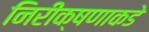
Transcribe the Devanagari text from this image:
निरीक्षणाकडे